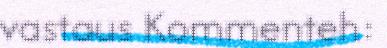
vastaus Kommenteh: